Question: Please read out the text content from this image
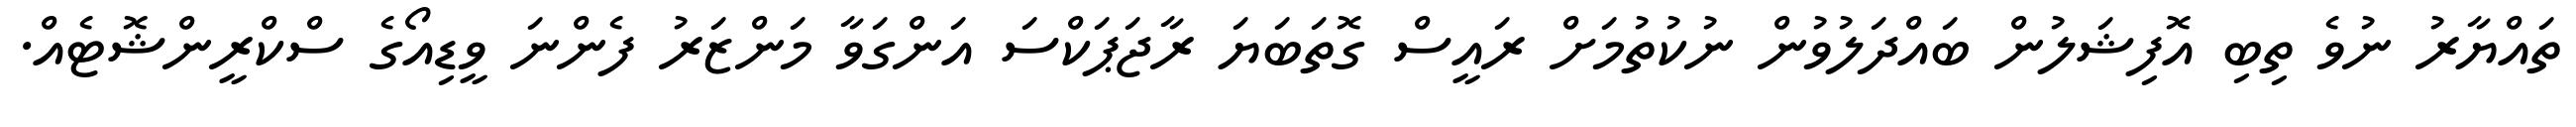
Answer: ތައްޔާރު ނުވެ ތިބި އޮފިޝަލުން ބައްދަލުވުން ނުކުތުމަށް ރައީސް ގޮތަބަޔަ ރާޖަޕަކްސަ އަންގަވާ މަންޒަރު ފެންނަ ވީޑިއޯގެ ސްކްރީންޝޮޓެއް.